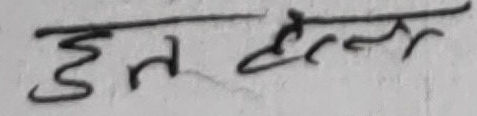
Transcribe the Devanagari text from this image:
हुन सक्छ